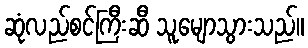
ဆုံလည်စင်ကြီးဆီ သူမျောသွားသည်။